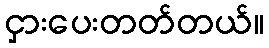
ငှားပေးတတ်တယ်။